Investigations on Bengal jail dietaries - Number 37
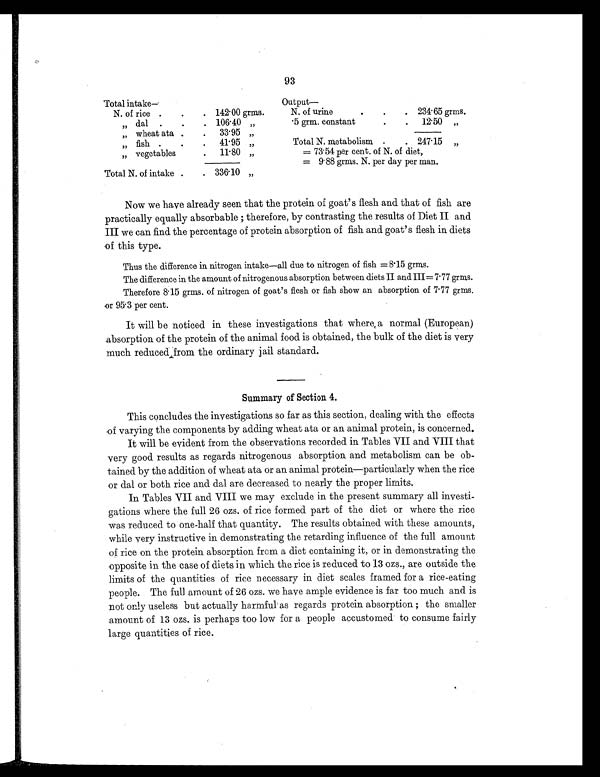
93
Total intake—
O u t p u t —
N. of rice .
.
. 142.00 grms.
N. of urine
.
.
. 234.65 grms
„ dal .
.
. 106.40 „
5 grm. constant
.
.
12.50 „
„ wheat ata .
.
33.95 „
„ fish .
.
.
41.95 „
Total N. metabolism .
. 247.15 „
„ vegetables
.
11.80 „
= 73.54 per cent. of N. of diet,
= 9.88 grins. N. per day per man.
Total N. of intake .
. 336.10 „
Now we have already seen that the protein of goat's flesh and that of fish are
practically equally absorbable ; therefore, by contrasting the results of Diet II and
III we can find the percentage of protein absorption of fish and goat's flesh in diets
of this type.
Thus the difference in nitrogen intake—all due to nitrogen of fish = 8.15 grms.
The difference in the amount of nitrogenous absorption between diets II and III= 7.77 grms.
Therefore 8.15 grms. of nitrogen of goat's flesh or fish show an absorption of 7.77 grms.
or 95.3 per cent.
It will be noticed in these investigations that where, a normal (European)
absorption of the protein of the animal food is obtained, the bulk of the diet is very
much reduced from the ordinary jail standard.
Summary of Section 4.
This concludes the investigations so far as this section, dealing with the effects
of varying the components by adding wheat ata or an animal protein, is concerned.
It will be evident from the observations recorded in Tables VII and VIII that
very good results as regards nitrogenous absorption and metabolism can be ob-
tained by the addition of wheat ata or an animal protein—particularly when the rice
or dal or both rice and dal are decreased to nearly the proper limits.
In Tables VII and VIII we may exclude in the present summary all investi-
gations where the full 26 ozs. of rice formed part of the diet or where the rice
was reduced to one-half that quantity. The results obtained with these amounts,
while very instructive in demonstrating the retarding influence of the full amount
of rice on the protein absorption from a diet containing it, or in demonstrating the
opposite in the case of diets in which the rice is reduced to 13 ozs., are outside the
limits of the quantities of rice necessary in diet scales framed for a rice-eating
people. The full amount of 26 ozs. we have ample evidence is far too much and is
not only useless but actually harmful as regards protein absorption ; the smaller
amount of 13 ozs. is perhaps too low for a people accustomed to consume fairly
large quantities of rice.